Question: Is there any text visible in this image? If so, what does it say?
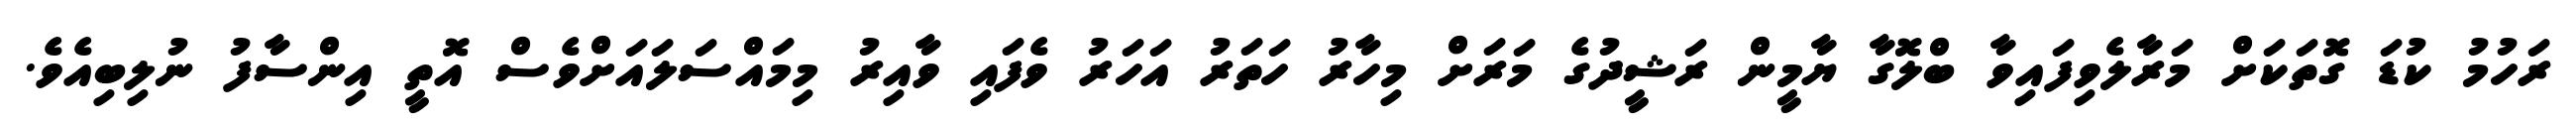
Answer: ރަހުމު ކުޑަ ގޮތަކަށް މަރާލެވިފައިވާ ބްލޮގާ ޔާމީން ރަޝީދުގެ މަރަށް މިހާރު ހަތަރު އަހަރު ވެފައި ވާއިރު މިމައްސަލައަށްވެސް އޮތީ އިންސާފު ނުލިބިއެވެ.